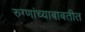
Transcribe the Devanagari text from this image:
रुग्णांच्याबाबतीत